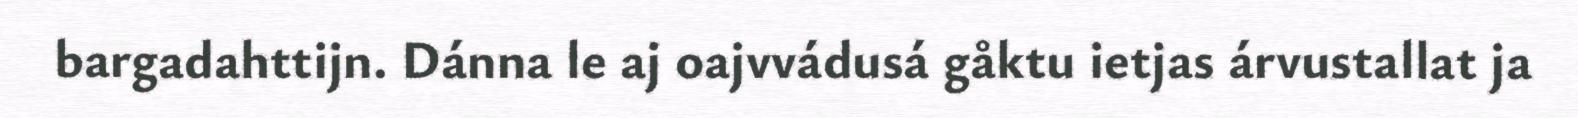
bargadahttijn. Dánna le aj oajvvádusá gåktu ietjas árvustallat ja